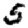
Digit: 5